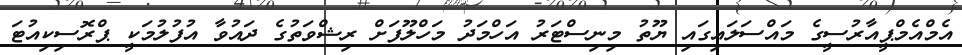
އެމްއެމްޕީއާރުސީގެ މައްސަލައިގައި ޔޫތު މިނިސްޓަރު އަހްމަދު މަހްލޫފަށް ރިޝްވަތުގެ ދައުވާ އުފުލުމަކީ ޕްރޮސިކިއުޓަ